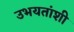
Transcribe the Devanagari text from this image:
उभयतांशी